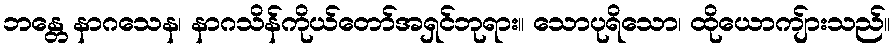
ဘန္တေ နာဂသေန၊ နာဂသိန်ကိုယ်တော်အရှင်ဘုရား။ သောပုရိသော၊ ထိုယောကျ်ားသည်။